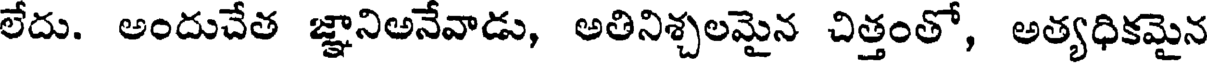
లేదు. అందుచేత జ్ఞానిఅనేవాడు, అతినిశ్చలమైన చిత్తంతో, అత్యధికమైన